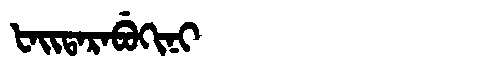
Manchu: ᡶᠠᡳᡨᠠᡵᠠᠪᡠᡴᡳᠨᡳ
Romanization: FAITARABUKINI